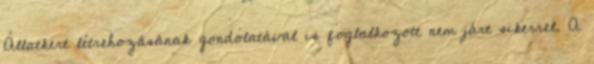
Állatkert létrehozásának gondolatával is foglalkozott nem járt sikerrel. A